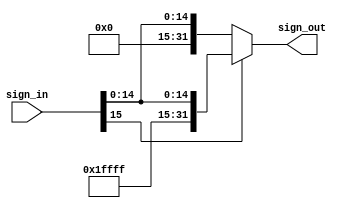
module Sign_extend(
input [15:0]sign_in,
output reg[31:0]sign_out
);



always@*
begin
if(sign_in[15]==1)
sign_out={~16'b0,sign_in};
else
sign_out={16'b0,sign_in};
end



endmodule